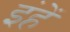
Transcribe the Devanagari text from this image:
इंहें